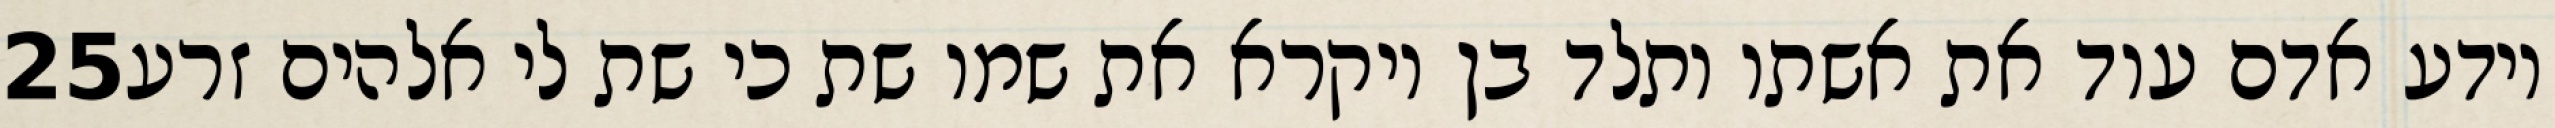
‎25‏ וידע אדם עוד את אשתו ותלד בן ויקרא את שמו שת כי שת לי אלהים זרע